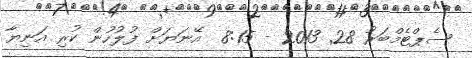
ސެޕްޓެމްބަރު 28